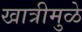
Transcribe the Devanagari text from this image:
खात्रीमुळे